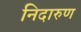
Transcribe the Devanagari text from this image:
निदारुण